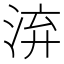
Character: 㳰